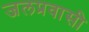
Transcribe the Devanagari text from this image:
जलप्रवासी